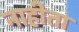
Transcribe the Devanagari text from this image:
नाहीता